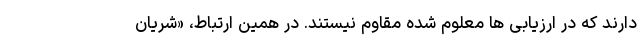
دارند که در ارزیابی ها معلوم شده مقاوم نیستند. در همین ارتباط، «شریان